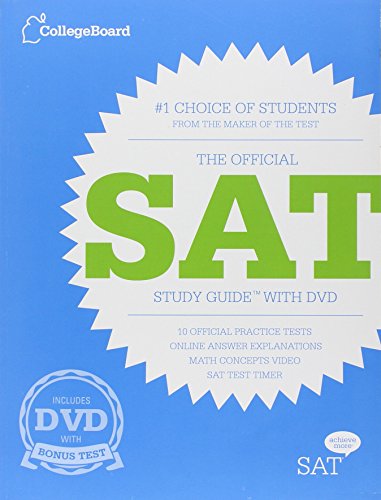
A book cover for The Official SAT Study Guide with DVD; The College Board; Test Preparation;